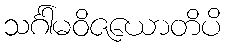
သင်္ဂါမဝိဇယောတိပိ